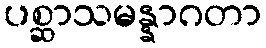
ပစ္ဆာသမန္နာဂတာ